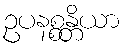
ဥပနစ္စန္တိယာ